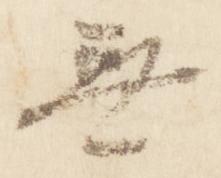
無